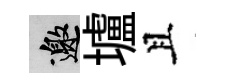
邀壚且